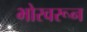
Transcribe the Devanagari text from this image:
भोरवरून